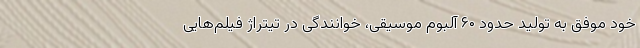
خود موفق به تولید حدود ۶۰ آلبوم موسیقی، خوانندگی در تیتراژ فیلم‌هایی